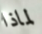
لماذا